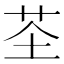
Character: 𫇲